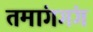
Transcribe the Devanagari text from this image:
तमांगगंग